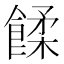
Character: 𩜷